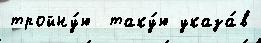
тройну́ю  таку́ю указа́в